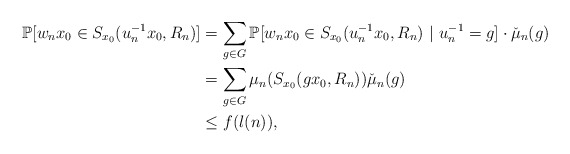
\begin{align*}\mathbb{P}[w_nx_0 \in S_{x_0}(u_n^{-1}x_0,R_n) ] &= \sum_{g\in G}\mathbb{P}[w_nx_0 \in S_{x_0}(u_n^{-1}x_0,R_n) \ | \ u_n^{-1} =g ] \cdot \check{\mu}_n(g) \\&= \sum_{g\in G} \mu_n(S_{x_0}(gx_0,R_n)) \check{\mu}_n(g) \\& \le f(l(n)),\end{align*}